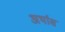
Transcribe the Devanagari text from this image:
अर्थास